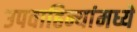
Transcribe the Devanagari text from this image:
उपवाहिन्यांमध्ये